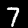
Label: 7